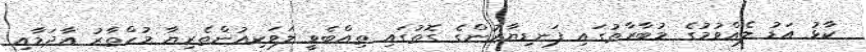
ކާޅު އަޑު ލެއްވުމުގެ މުބާރާތުގައި ފަނޑިޔާރުންގެ ގޮތުގައި ތިއްބެވީ ލަވަކިއުންތެރިޔާ މުހްތާރު އާދަމާއި